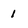
Character: 1